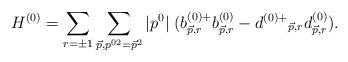
LaTeX: \begin{align*}H^{(0)} = \sum_{r = \pm1} \sum_{\vec{p}, p^{02} =\vec{p}^2} |p^0|\; ( b^{(0)+}_{\vec{p}, r}b^{(0)}_{\vec{p}, r} - d^{(0)+}{}_{\vec{p}, r} d^{(0)}_{\vec{p}, r} ).\end{align*}